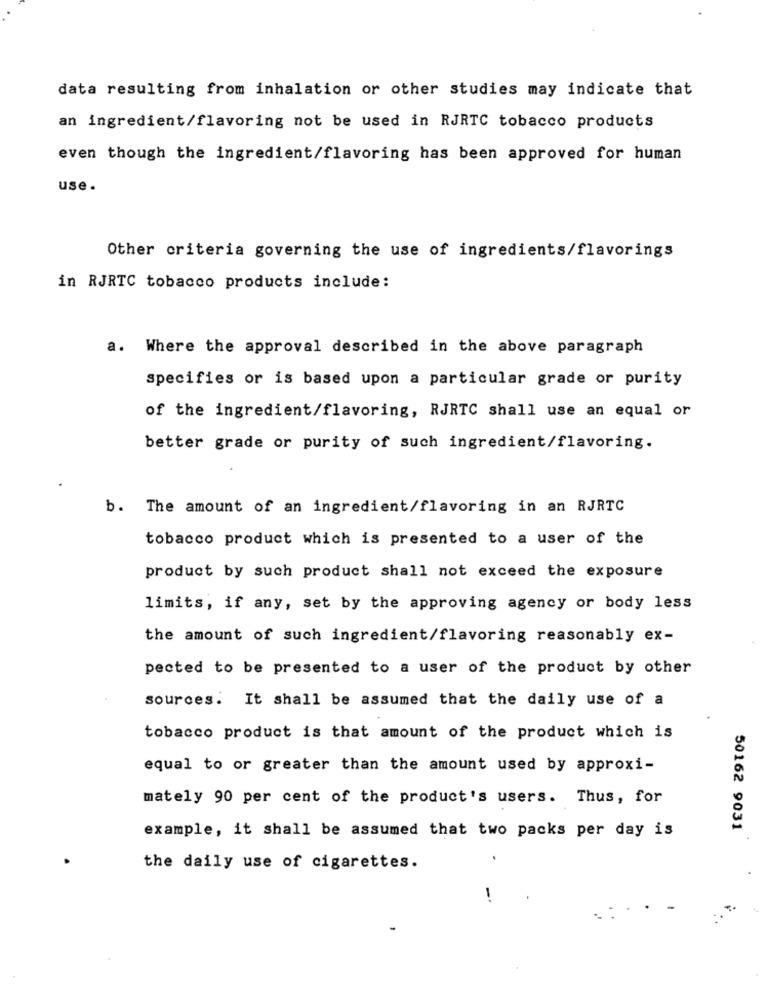
data resulting from inhalation or other studies may indicate that
an ingredient/flavoring not be used in RJRTC tobacco products
even though the ingredient/flavoring has been approved for human
use .
Other criteria governing the use of ingredients/flavorings
in RJRTC tobacco products include:
a. Where the approval described in the above paragraph
specifies or is based upon a particular grade or purity
of the ingredient/flavoring, RJRTC shall use an equal or
better grade or purity of such ingredient/flavoring.
b. The amount of an ingredient/flavoring in an RJRTC
tobacco product which is presented to a user of the
product by such product shall not exceed the exposure
limits, if any, set by the approving agency or body less
the amount of such ingredient/flavoring reasonably ex-
pected to be presented to a user of the product by other
sources. It shall be assumed that the daily use of a
tobacco product is that amount of the product which is
equal to or greater than the amount used by approxi-
mately 90 per cent of the product's users. Thus, for
example, it shall be assumed that two packs per day is
50162 9031
.
the daily use of cigarettes.